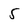
Character: 5